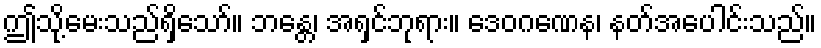
ဤသို့မေးသည်ရှိသော်။ ဘန္တေ၊ အရှင်ဘုရား။ ဒေဝဂဏေန၊ နတ်အပေါင်းသည်။